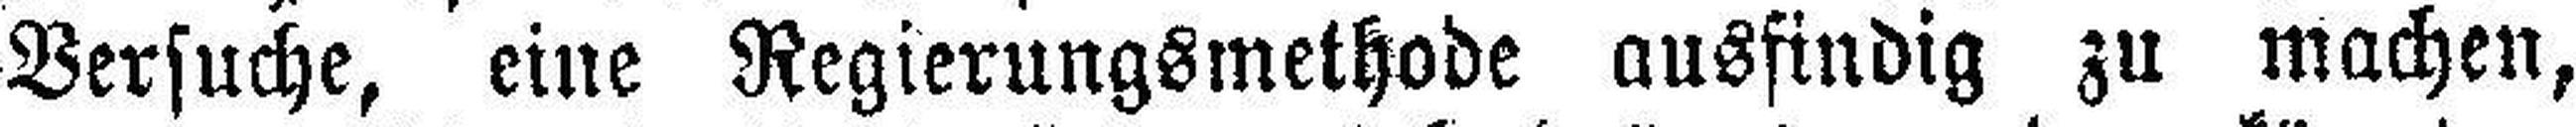
Versuche, eine Regierungsmethode ausfindig zu machen,